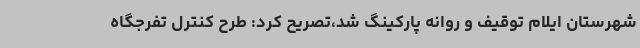
شهرستان ایلام توقیف و روانه پارکینگ شد،تصریح کرد: طرح کنترل تفرجگاه